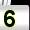
Digit: 5